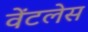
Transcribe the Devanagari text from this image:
वेंटलेस